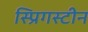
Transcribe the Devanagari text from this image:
स्प्रिगस्टीन